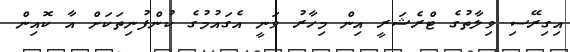
އިގިރޭސި ވިލާތުގެ ޓްރެޝަރީ އިން މިހާރު ވަނީ އެގައުމުގެ ކުންފުނިތަކަށް އާ ކޮއިން